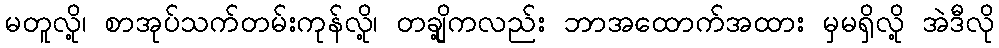
မတူလို့၊ စာအုပ်သက်တမ်းကုန်လို့၊ တချို့ကလည်း ဘာအထောက်အထား မှမရှိလို့ အဲဒီလို